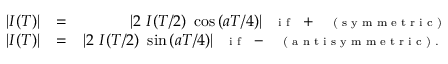
\begin{array} { r l r } { | I ( T ) | } & { = } & { | 2 ~ I ( T / 2 ) ~ \cos { ( a T / 4 ) } | \, \, \textrm { { \scriptsize i f } } + \, \, \textrm { { \scriptsize ( s y m m e t r i c ) } } } \\ { | I ( T ) | } & { = } & { | 2 ~ I ( T / 2 ) ~ \sin { ( a T / 4 ) } | \, \, \textrm { { \scriptsize i f } } - \, \, \textrm { { \scriptsize ( a n t i s y m m e t r i c ) . } } } \end{array}